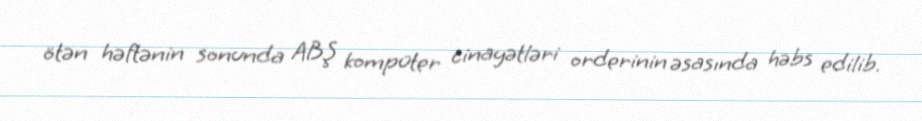
ötən həftənin sonunda ABŞ kompüter cinayətləri orderinin əsasında həbs edilib.